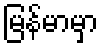
မြန်မာမှာ